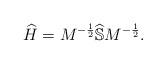
LaTeX: \begin{align*}\widehat H= M^{-\frac 1 2} \widehat {\mathbb S} M^{-\frac 1 2}.\end{align*}